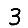
Digit: 3